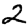
Digit: 2